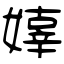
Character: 嫴